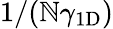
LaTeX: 1/(\mathbb{N}\gamma_{\mathrm{{1D}}})